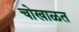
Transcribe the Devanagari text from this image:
चोखाळत